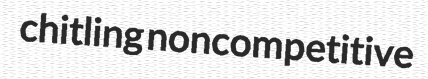
chitling noncompetitive